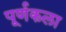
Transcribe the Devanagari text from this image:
पूर्णकला